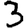
Digit: 3